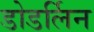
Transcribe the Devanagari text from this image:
डोडर्लिन